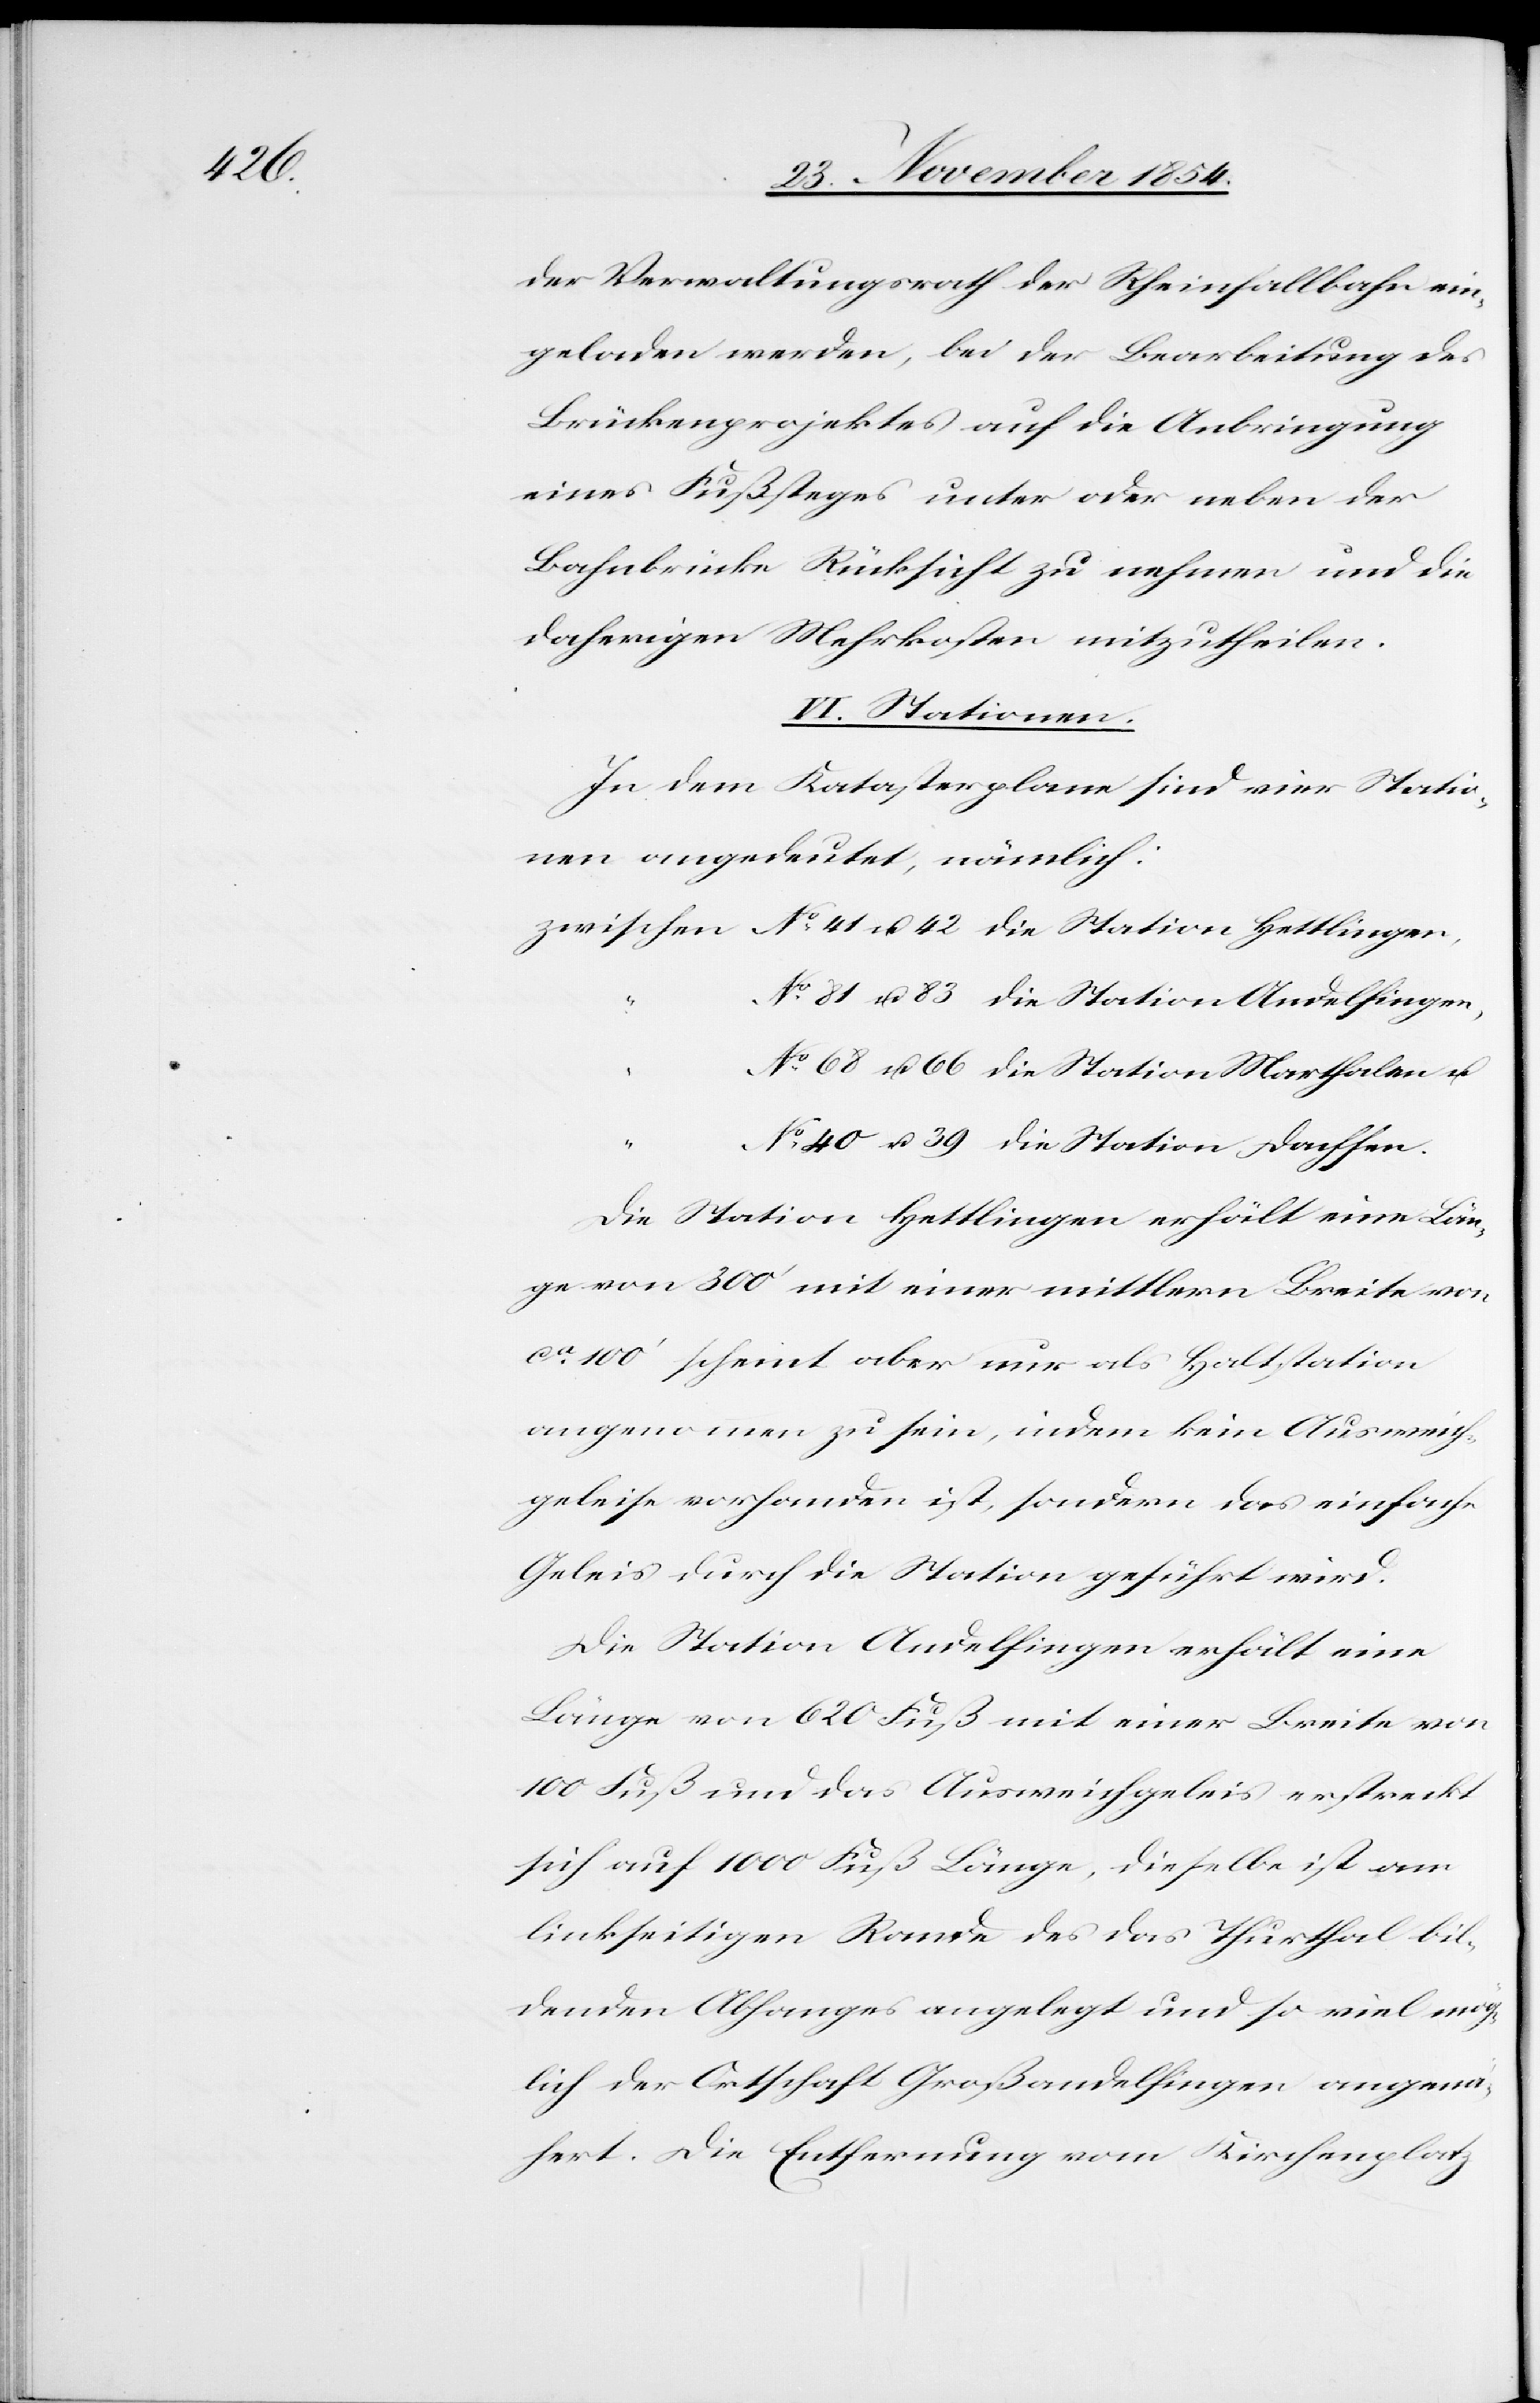
der Verwaltungsrath der Rheinfallbahn ein¬
geladen werden, bei der Bearbeitung des
Brückenprojektes auf die Anbringung
eines Fußsteges unter oder neben der
Bahnbrücke Rücksicht zu nehmen und die
daherigen Mehrkosten mitzutheilen.
VI. Stationen.
In dem Katasterplane sind vier Statio¬
nen angedeutet, nämlich:
No 81 u. 83 die Station Andelfingen,
No 68 u. 66 die Station Marthalen u.
“
No 40 u. 39 die Station Dachsen.
Die Station Hettlingen erhält eine Län¬
ge von 300‘ mit einer mittlern Breite von
ca 100‘ scheint aber nur als Haltstation
angenommen zu sein, indem kein Ausweich¬
geleise vorhanden ist, sondern das einfache
Geleis durch die Station geführt wird.
Die Station Andelfingen erhält eine
Länge von 620 Fuß mit einer Breite von
100 Fuß und das Ausweichgeleis erstreckt
sich auf 1000 Fuß Länge, dieselbe ist am
linkseitigen Rande des das Turthal bil¬
denden Abhanges angelegt und so viel mög¬
lich der Ortschaft Großandelfingen angenä¬
hert. Die Entfernung vom Kirchenplatz